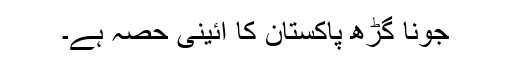
جونا گڑھ پاکستان کا آئینی حصہ ہے۔